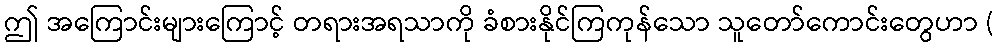
ဤ အကြောင်းများကြောင့် တရားအရသာကို ခံစားနိုင်ကြကုန်သော သူတော်ကောင်းတွေဟာ (